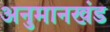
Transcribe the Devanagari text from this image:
अनुमानखंड